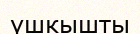
үшкышты